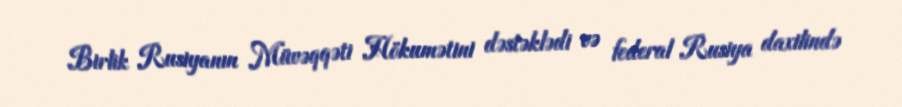
Birlik Rusiyanın Müvəqqəti Hökumətini dəstəklədi və federal Rusiya daxilində